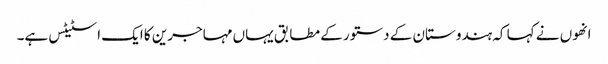
انھوں نے کہا کہ ہندوستان کے دستور کے مطابق یہاں مہاجرین کا ایک اسٹیٹس ہے۔